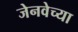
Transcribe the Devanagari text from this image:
जेनवेच्या